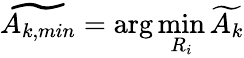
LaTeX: \widetilde{A_{k,min}}=\arg\operatorname*{min}_{R_{i}}\widetilde{A_{k}}